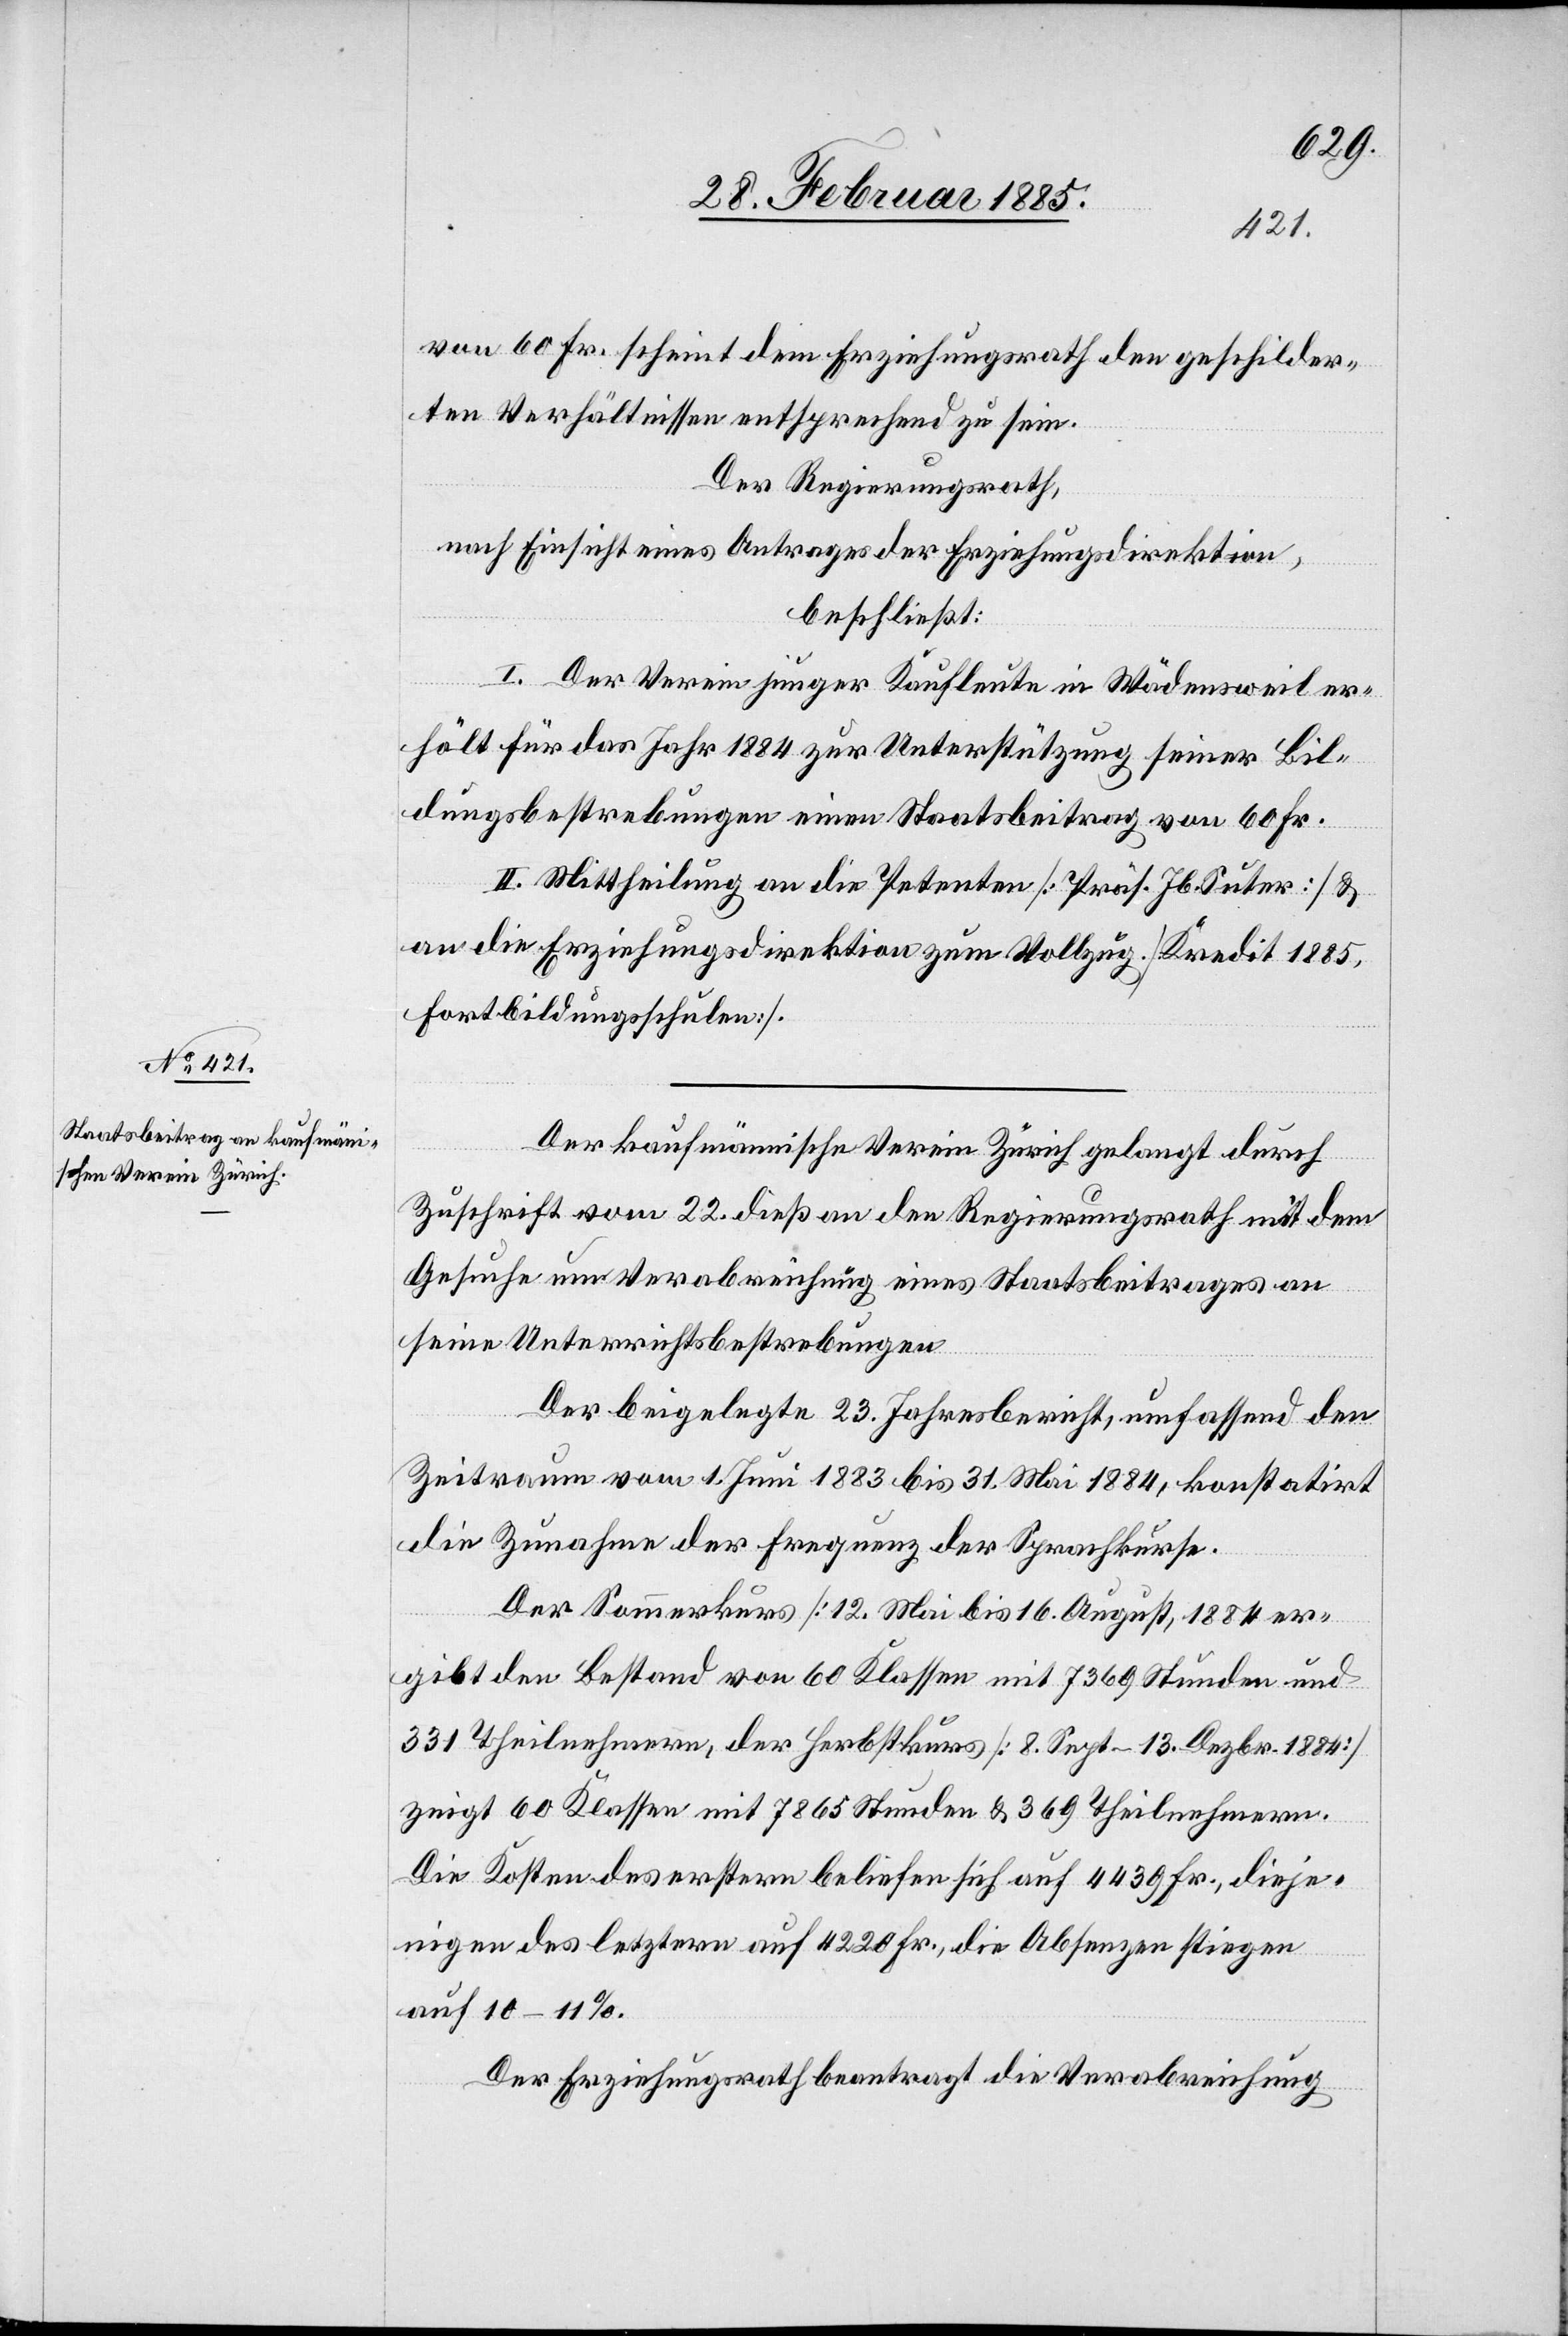
von 60 Fr. scheint dem Erziehungsrath den geschilder¬
ten Verhältnissen entsprechend zu sein.
Der Regierungsrath,
nach Einsicht eines Antrages der Erziehungsdirektion,
beschließt:
I. Der Verein junger Kaufleute in Wädensweil er¬
hält für das Jahr 1884 zur Unterstützung seiner Bil¬
dungsbestrebungen einen Staatsbeitrag von 60 Fr.
II. Mittheilung an die Petenten [Präs. Jb. Suter] &
an die Erziehungsdirektion zum Vollzug [Kredit 1885,
Fortbildungsschulen].
Der kaufmännische Verein Zürich gelangt durch
Zuschrift vom 22. dieß an den Regierungsrath mit dem
Gesuche um Verabreichung eines Staatsbeitrages an
seine Unterrichtsbestrebungen.
Der beigelegte 23. Jahresbericht, umfassend den
Zeitraum vom 1. Juni 1883 bis 31. Mai 1884, konstatirt
die Zunahme der Frequenz der Sprachkurse.
Der Sommerkurs [12. Mai bis 16. August 1884] er¬
gibt den Bestand von 60 Klassen mit 7369 Stunden und
331 Theilnehmern, der Herbstkurs [8. Sept.–13. Dezbr. 1884]
zeigt 60 Klassen mit 7865 Stunden & 369 Theilnehmern.
Die Kosten des ersten beliefen sich auf 4439 Fr., dieje¬
nigen des letztern auf 4220 Fr., die Absenzen stiegen
auf 10–11%.
Der Erziehungsrath beantragt die Verabreichung